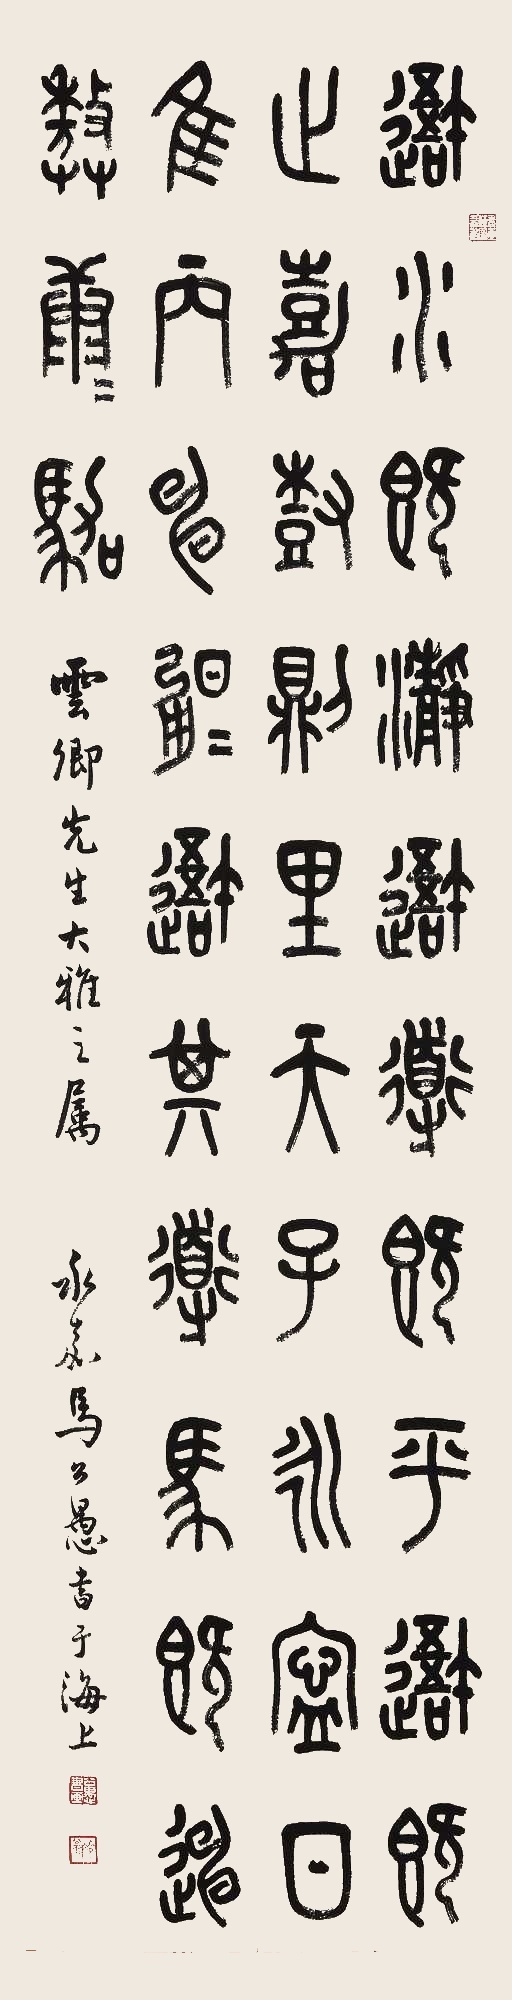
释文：吾水既净。吾道既平。吾（车）既止。嘉树则里。天子永宁。日维丙申。昱昱吾其道。（吾）马既口。遨（游）康康。驾。云卿先生大雅之属。永嘉马公愚书于海上。